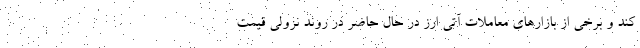
کند و برخی از بازارهای معاملات آتی ارز در حال حاضر در روند نزولی قیمت